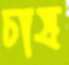
চাষ